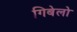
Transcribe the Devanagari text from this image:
गिबेलो